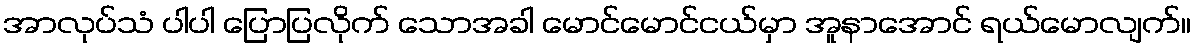
အာလုပ်သံ ပါပါ ပြောပြလိုက် သောအခါ မောင်မောင်ငယ်မှာ အူနာအောင် ရယ်မောလျက်။